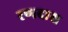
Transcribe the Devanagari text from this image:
रणदास